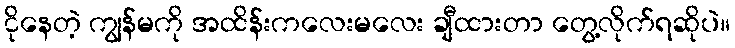
ငိုနေတဲ့ ကျွန်မကို အထိန်းကလေးမလေး ချီထားတာ တွေ့လိုက်ရဆိုပဲ။